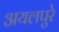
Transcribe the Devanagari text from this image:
अयलपुरे